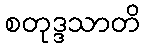
စတုဒ္ဒသာတိ